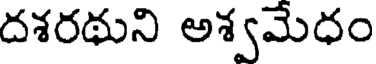
దశరథుని అశ్వమేధం